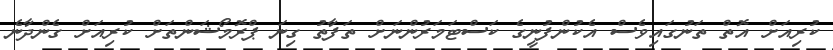
ކުރިއަށް އޮތް ތަނުގައިވެސް އެކުންފުނީގެ ކަސްޓަމަރުންނަށް ތަފާތު ގިނަ ޕްރޮމޯޝަންތަށް ކުރިއަށް ގެންދާނެ